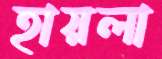
হায়লা